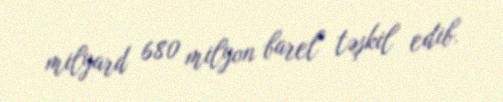
milyard 680 milyon barel təşkil edib.